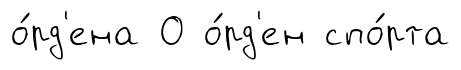
о́рд'ена О о́рд'ен спо́рта